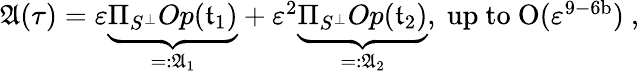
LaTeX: \begin{array}{r}{\mathfrak{A}(\tau)=\varepsilon\underbrace{\Pi_{S^{\perp}}Op(\mathfrak{t}_{1})}_{=:\mathfrak{A}_{1}}+\varepsilon^{2}\underbrace{\Pi_{S^{\perp}}Op(\mathfrak{t}_{2})}_{=:\mathfrak{A}_{2}},\mathrm{~up~to~O(\varepsilon^{9-6b})~,}}\end{array}